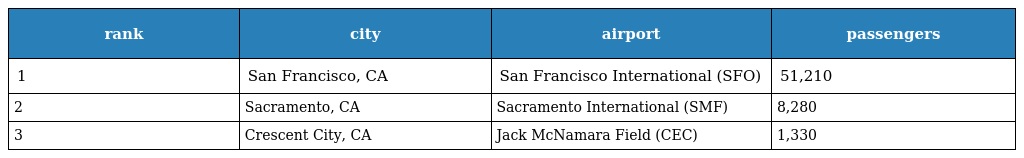
| rank | city | airport | passengers |
 | --- | --- | --- | --- |
 | 1 | San Francisco, CA | San Francisco International (SFO) | 51,210 |
 | 2 | Sacramento, CA | Sacramento International (SMF) | 8,280 |
 | 3 | Crescent City, CA | Jack McNamara Field (CEC) | 1,330 |